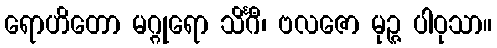
ရောဟိတော မဂ္ဂုရော သိင်္ဂီ၊ ဗလဇော မုဉ္ဇ ပါဝုသာ။